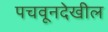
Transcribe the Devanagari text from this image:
पचवूनदेखील